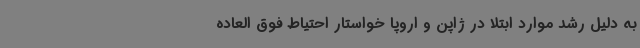
به دلیل رشد موارد ابتلا در ژاپن و اروپا خواستار احتیاط فوق العاده